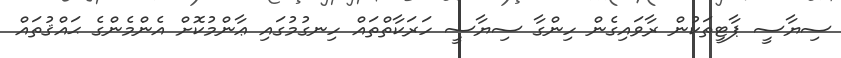
ސިޔާސީ ޕާޓީތަކުން ރާވައިގެން ހިންގާ ސިޔާސީ ހަރަކާތްތައް ހިނގުމުގައި ޢާންމުކޮށް އެންމެންގެ ޙައްޤުތައް